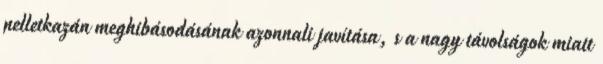
pelletkazán meghibásodásának azonnali javítása, s a nagy távolságok miatt